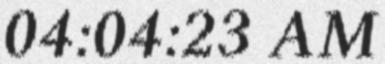
04:04:23 AM